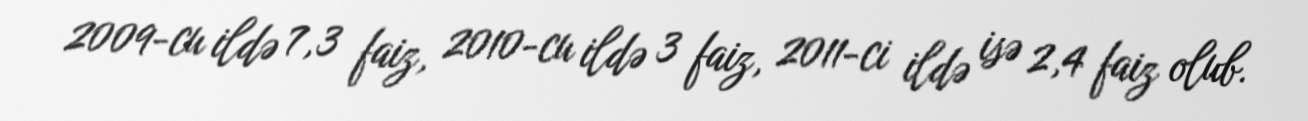
2009-cu ildə 7,3 faiz, 2010-cu ildə 3 faiz, 2011-ci ildə isə 2,4 faiz olub.